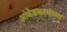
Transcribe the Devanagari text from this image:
आंबेडकरयंच्या